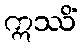
ဣဿိံ